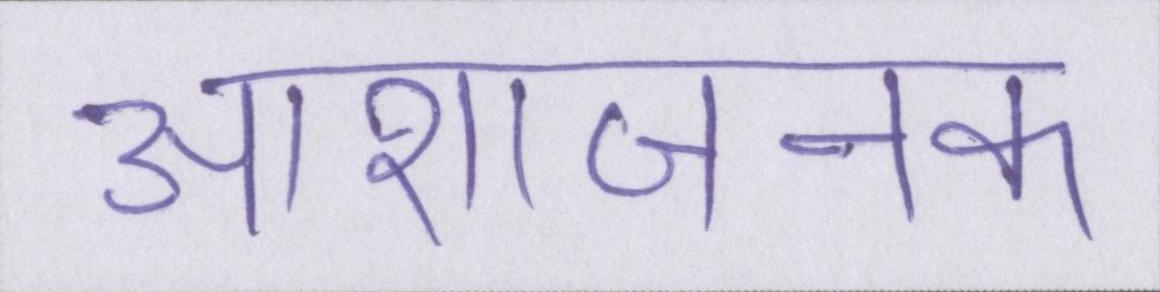
आशाजनक